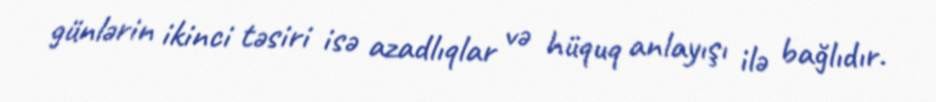
günlərin ikinci təsiri isə azadlıqlar və hüquq anlayışı ilə bağlıdır.